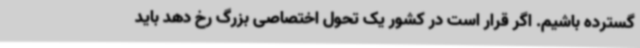
گسترده باشیم. اگر قرار است در کشور یک تحول اختصاصی بزرگ رخ دهد باید